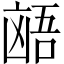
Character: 𫥩